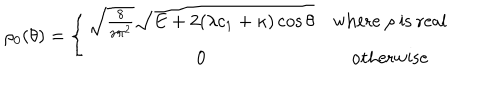
\rho _ { 0 } ( \theta ) = \left\{ \begin{matrix} { { \sqrt { \frac { 8 } { \gamma \pi ^ { 2 } } } \sqrt { E + 2 ( \lambda c _ { 1 } + \kappa ) \cos { \theta } } } } & { { \mathrm { w h e r e ~ } \rho \mathrm { ~ i s ~ r e a l } } } \\ { { 0 } } & { { \mathrm { o t h e r w i s e } } } \\ \end{matrix} \right.